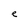
Character: e